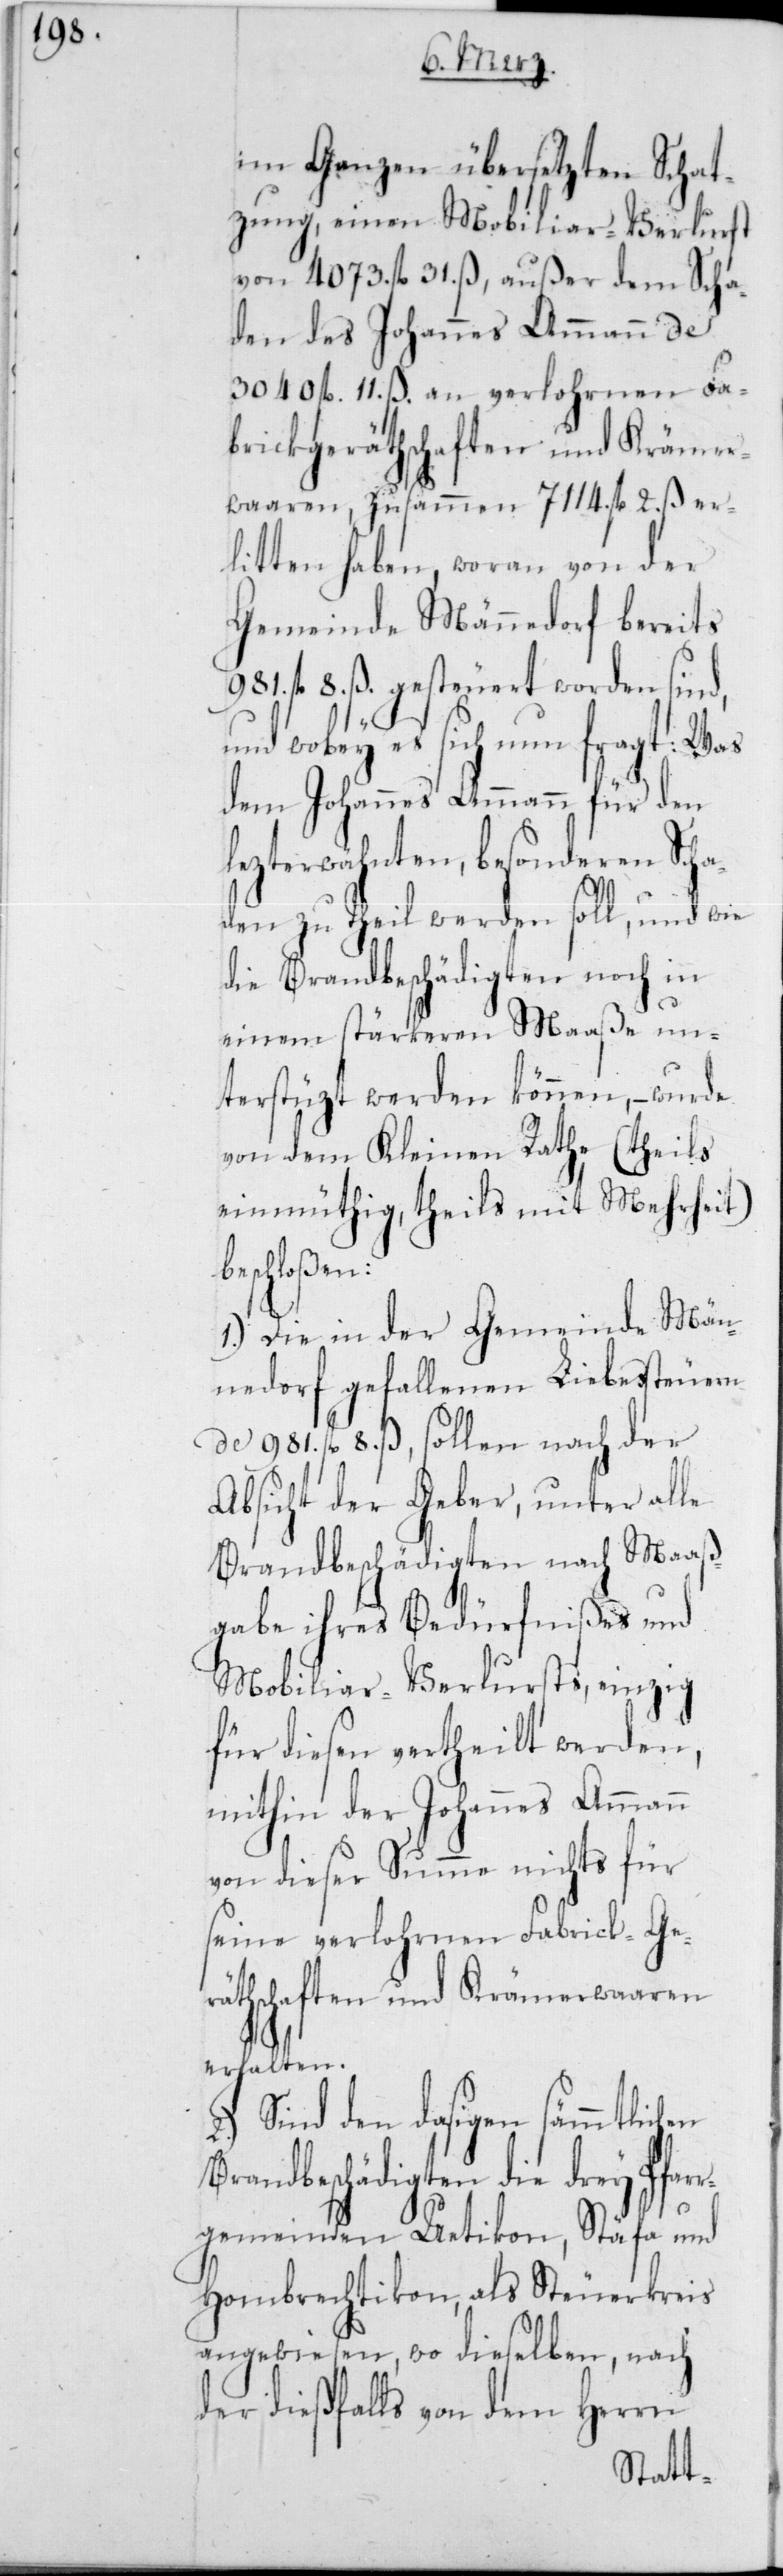
im Ganzen übersetzten Schat¬
zung, einen Mobiliar-Verlust
von 4073 fl. 31 ß, außer
B¬
den des Johannes Ammann de
3040 fl. 11 ß an verlohrnen Fa¬
brickgeräthschaften und Kräme¬
rwaaren, zusammen 7114 fl. 2 ß er¬
litten haben, woran von der
Gemeinde Männedorf bereits
981 fl. 8 ß gesteuert worden sind,
und wobey es sich nun fragt: Was
dem Johannes Ammann für den
letzterwähnten, besonderen Scha¬
den zu Theil werden soll, und wie
die Brandbeschädigten noch in
einem stärkeren Maaße un¬
terstüzt werden können, – wurde
von dem Kleinen Rathe (theils
einmüthig, theils mit Mehrheit)
eschloßen:
1.) Die in der Gemeinde Män¬
nedorf gefallenen Liebessteuern
de 981 fl. 8 ß, sollen nach der
Absicht der Geber, unter alle
Brandbeschädigten nach Maaß¬
gabe ihres Bedürfnißes und
Mobiliar-Verlusts, einzig
für diesen vertheilt werden,
mithin der Johannes Ammann
von dieser Summe nichts für
seine verlohrnen Fabrick-Ge¬
räthschaften und Krämerwaaren
erhalten.
Sind den dasigen sämmtlichen
randbeschädigten die drey Pfar¬
rgemeinden Uetikon, Stäfa und
Hombrechtikon, als Steuerkreis
angewiesen, wo dieselben nach
der dießfalls von dem Herrn